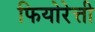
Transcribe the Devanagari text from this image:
फियोरेत्ती